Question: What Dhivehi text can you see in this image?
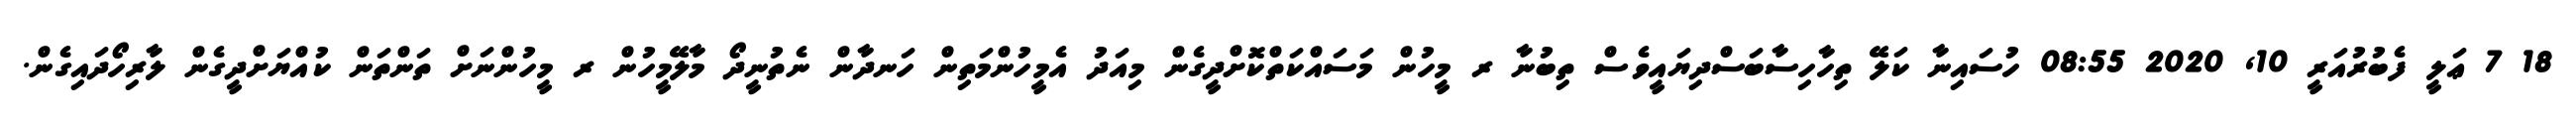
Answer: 18 7 ޢަލީ ފެބުރުއަރީ 10, 2020 08:55 ހުސައިނާ ކަލޭ ތިހާހިސާބަސްދިޔައީވެސް ތިބުނާ ރ މީހުން މަސައްކަތްކޮށްދީގެން މިއަދު އެމީހުންމަތިން ހަނދާން ނެތުނީދޯ މާލޭމީހުން ރ މީހުންނަށް ތަންތަން ކުއްޔަށްދީގެން ލާރިހޯދައިގެން.